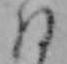
ね